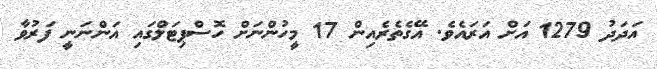
އަދަދު 1279 އަށް އަރައެވެ. އޭގެތެރެއިން 17 މީހުންނަށް ހޮސްޕިޓަލްގައި އަންނަނީ ފަރުވާ